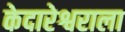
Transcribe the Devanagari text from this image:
केदारेश्वराला